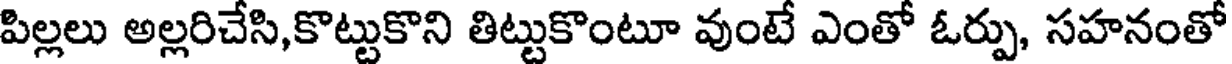
పిల్లలు అల్లరిచేసి,కొట్టుకొని తిట్టుకొంటూ వుంటే ఎంతో ఓర్పు, సహనంతో